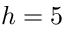
h = 5